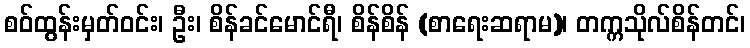
စဝ်ထွန်းမှတ်ဝင်း၊ ဦး၊ စိန်ခင်မောင်ရီ၊ စိန်စိန် (စာရေးဆရာမ)၊ တက္ကသိုလ်စိန်တင်၊